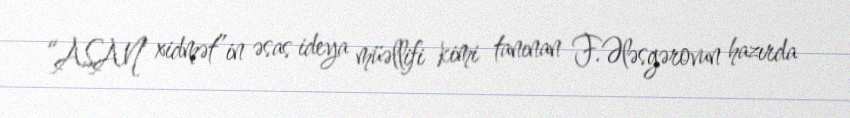
“ASAN xidmət”in əsas ideya müəllifi kimi tanınan F.Ələsgərovun hazırda